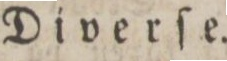
Diverſe.